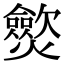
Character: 𤒡